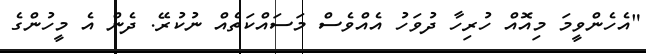
"އެހެންވީމަ މިއޮއް ހުރިހާ ދުވަހު އެއްވެސް މަސައްކަތެއް ނުކުރޭ. ދެން އެ މީހުންގެ